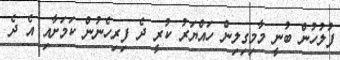
ފުލުހުން ބުނީ މާމިގިލިން ހައްޔަރު ކުރީ ދެ ފިރިހެނުން ކަމަށާއި އެ ދެ